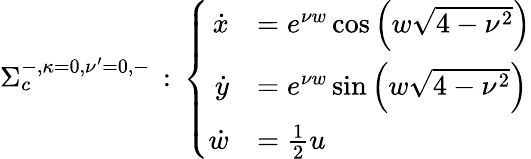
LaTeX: \begin{array}{r}{\Sigma_{c}^{-,{\kappa=}0,{\nu^{\prime}=0},-}\, :\, \left\{ \begin{array}{rl}{\dot{x}}&{=e^{\nu w}\cos\left({w\sqrt{4-\nu^{2}}}\right)}\\ {\dot{y}}&{=e^{\nu w}\sin\left({w\sqrt{4-\nu^{2}}}\right)}\\ {\dot{w}}&{=\frac{1}{2}u}\end{array}\right.}\end{array}